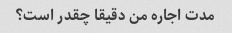
مدت اجاره من دقیقا چقدر است؟